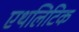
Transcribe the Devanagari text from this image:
एथलिटिक